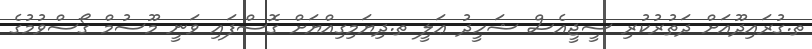
ތ.ގުރައިދޫއަށް ދަތުރުކުރި ސީޖީއެސް ޝަހީދު ޢަލީ ތ.ދިޔަމިގިއްޔަށް ގޮސްފައި ވަނީ މޫސުމް ގޯސްވުމުގެ